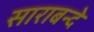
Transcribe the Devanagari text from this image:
साराबन्दे